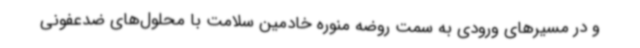
و در مسیرهای ورودی به سمت روضه منوره خادمین سلامت با محلول‌های ضدعفونی